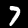
Digit: 7